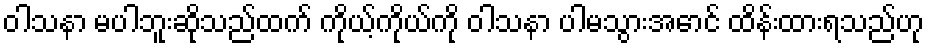
ဝါသနာ မပါဘူးဆိုသည်ထက် ကိုယ့်ကိုယ်ကို ဝါသနာ ပါမသွားအောင် ထိန်းထားရသည်ဟု